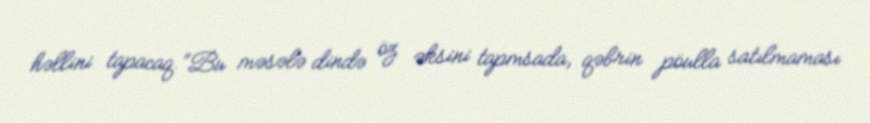
həllini tapacaq.”Bu məsələ dində öz əksini tapmsada, qəbrin pöulla satılmaması